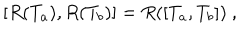
LaTeX: [ R ( T _ { a } ) , R ( T _ { b } ) ] = R ( [ T _ { a } , T _ { b } ] ) ~ ,